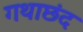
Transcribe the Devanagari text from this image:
गथाछंद